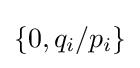
\{0,q_{i}/p_{i}\}